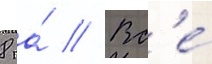
8 га́ // Вс'е́